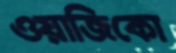
ওয়াজিকো